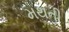
મથતી